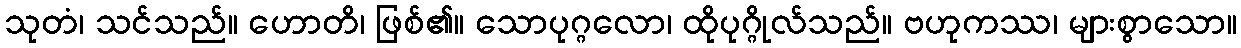
သုတံ၊ သင်သည်။ ဟောတိ၊ ဖြစ်၏။ သောပုဂ္ဂလော၊ ထိုပုဂ္ဂိုလ်သည်။ ဗဟုကဿ၊ များစွာသော။